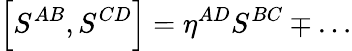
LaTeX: \left[S^{AB},S^{CD}\right]=\eta^{AD}S^{BC}\mp\ldots